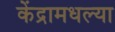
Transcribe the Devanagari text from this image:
केंद्रामधल्या